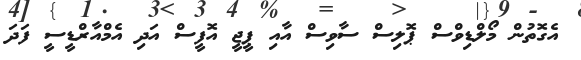
އެގޮތުން މޯލްޑިވްސް ޕޮލިސް ސާވިސް އާއި ޕީޖީ އޮފީސް އަދި އެމްއާރްޑީސީ ފަދަ